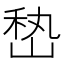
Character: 𰎨